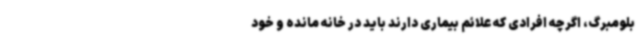
بلومبرگ، اگرچه افرادی که علائم بیماری دارند باید در خانه مانده و خود